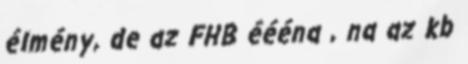
élmény, de az FHB éééna , na az kb